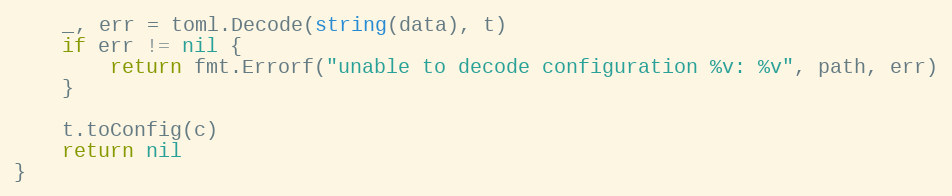
Language: Go
	_, err = toml.Decode(string(data), t)
	if err != nil {
		return fmt.Errorf("unable to decode configuration %v: %v", path, err)
	}

	t.toConfig(c)
	return nil
}